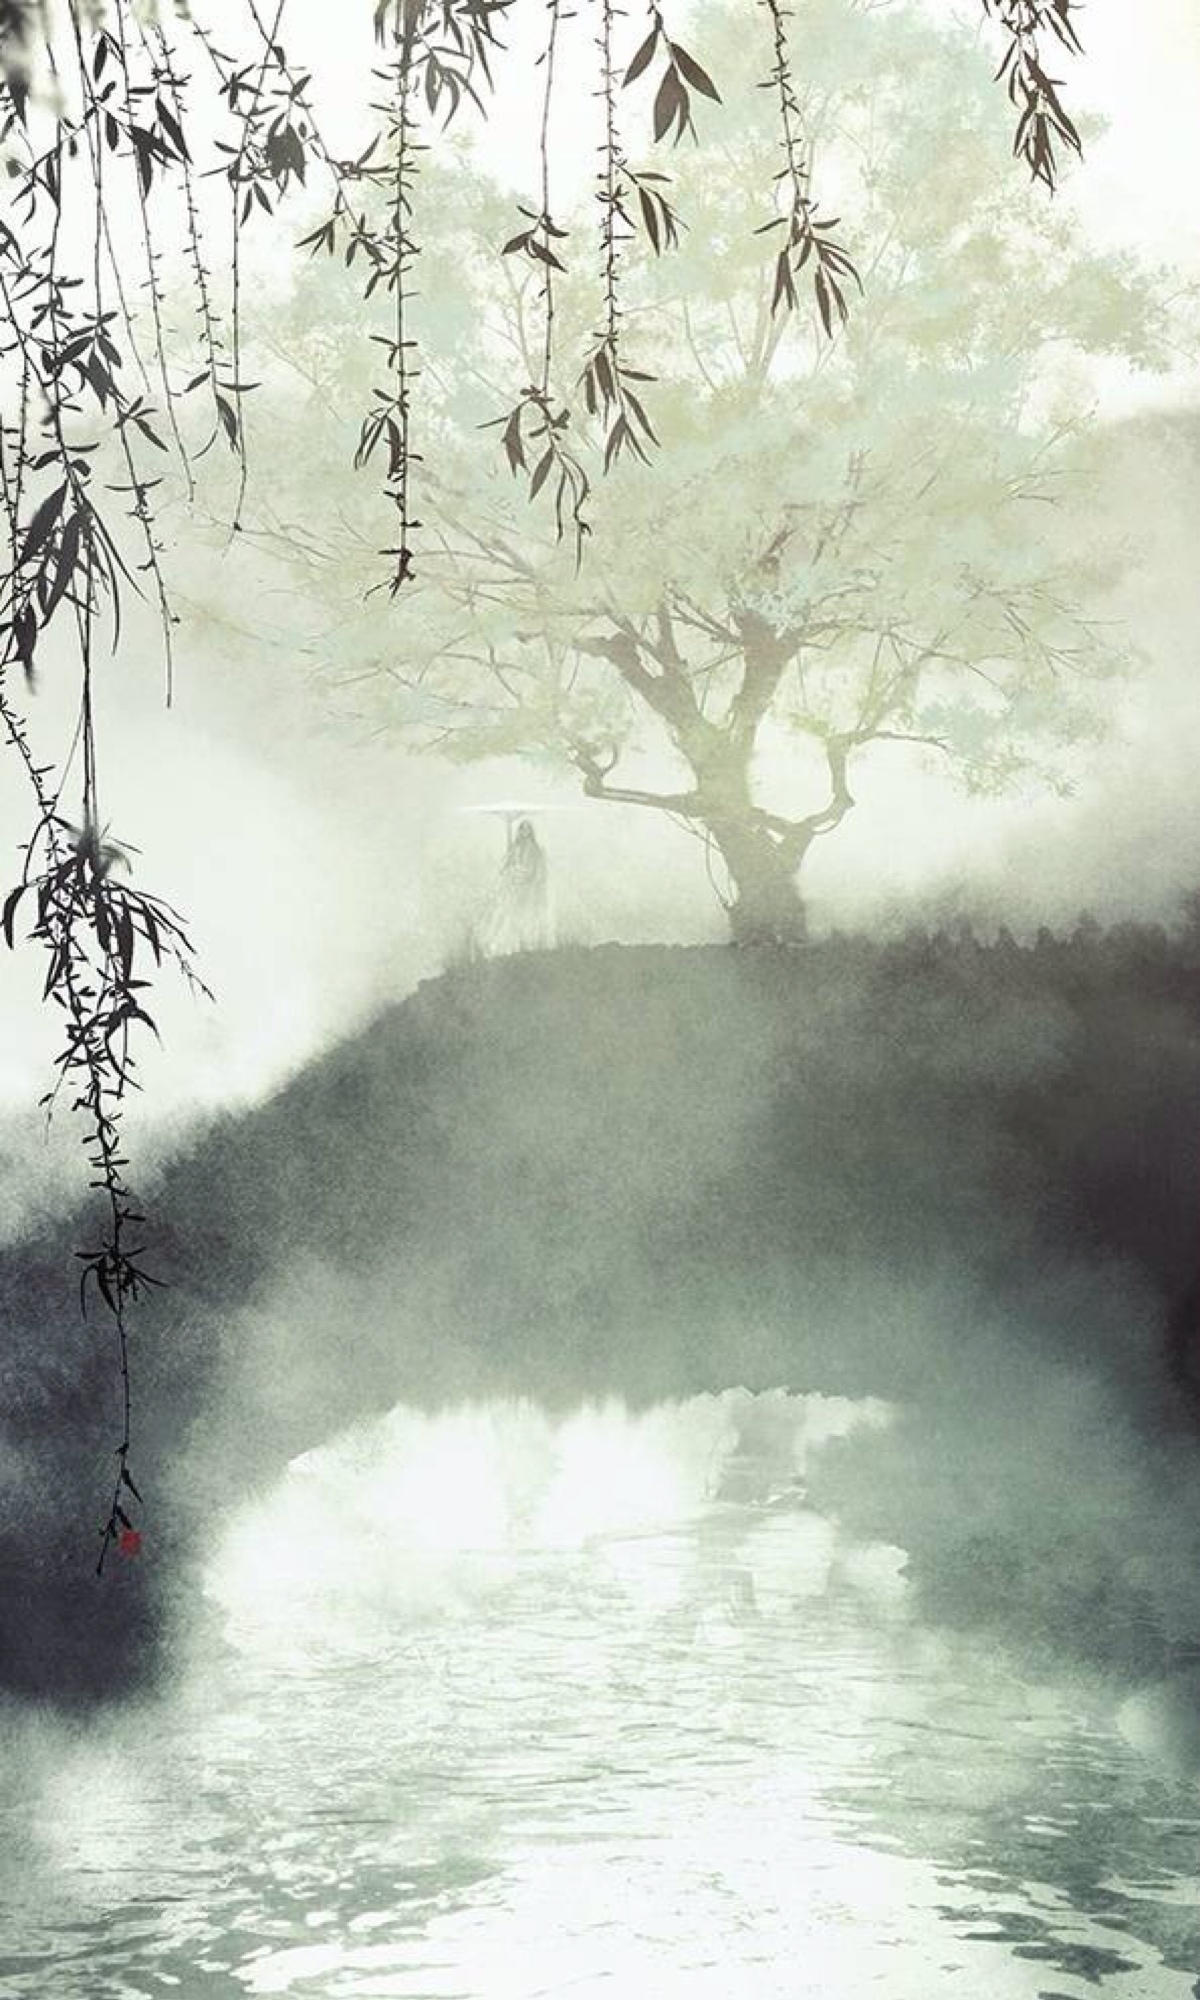
孤灯不明思欲绝，卷帷望月空长叹。美人如花隔云端！